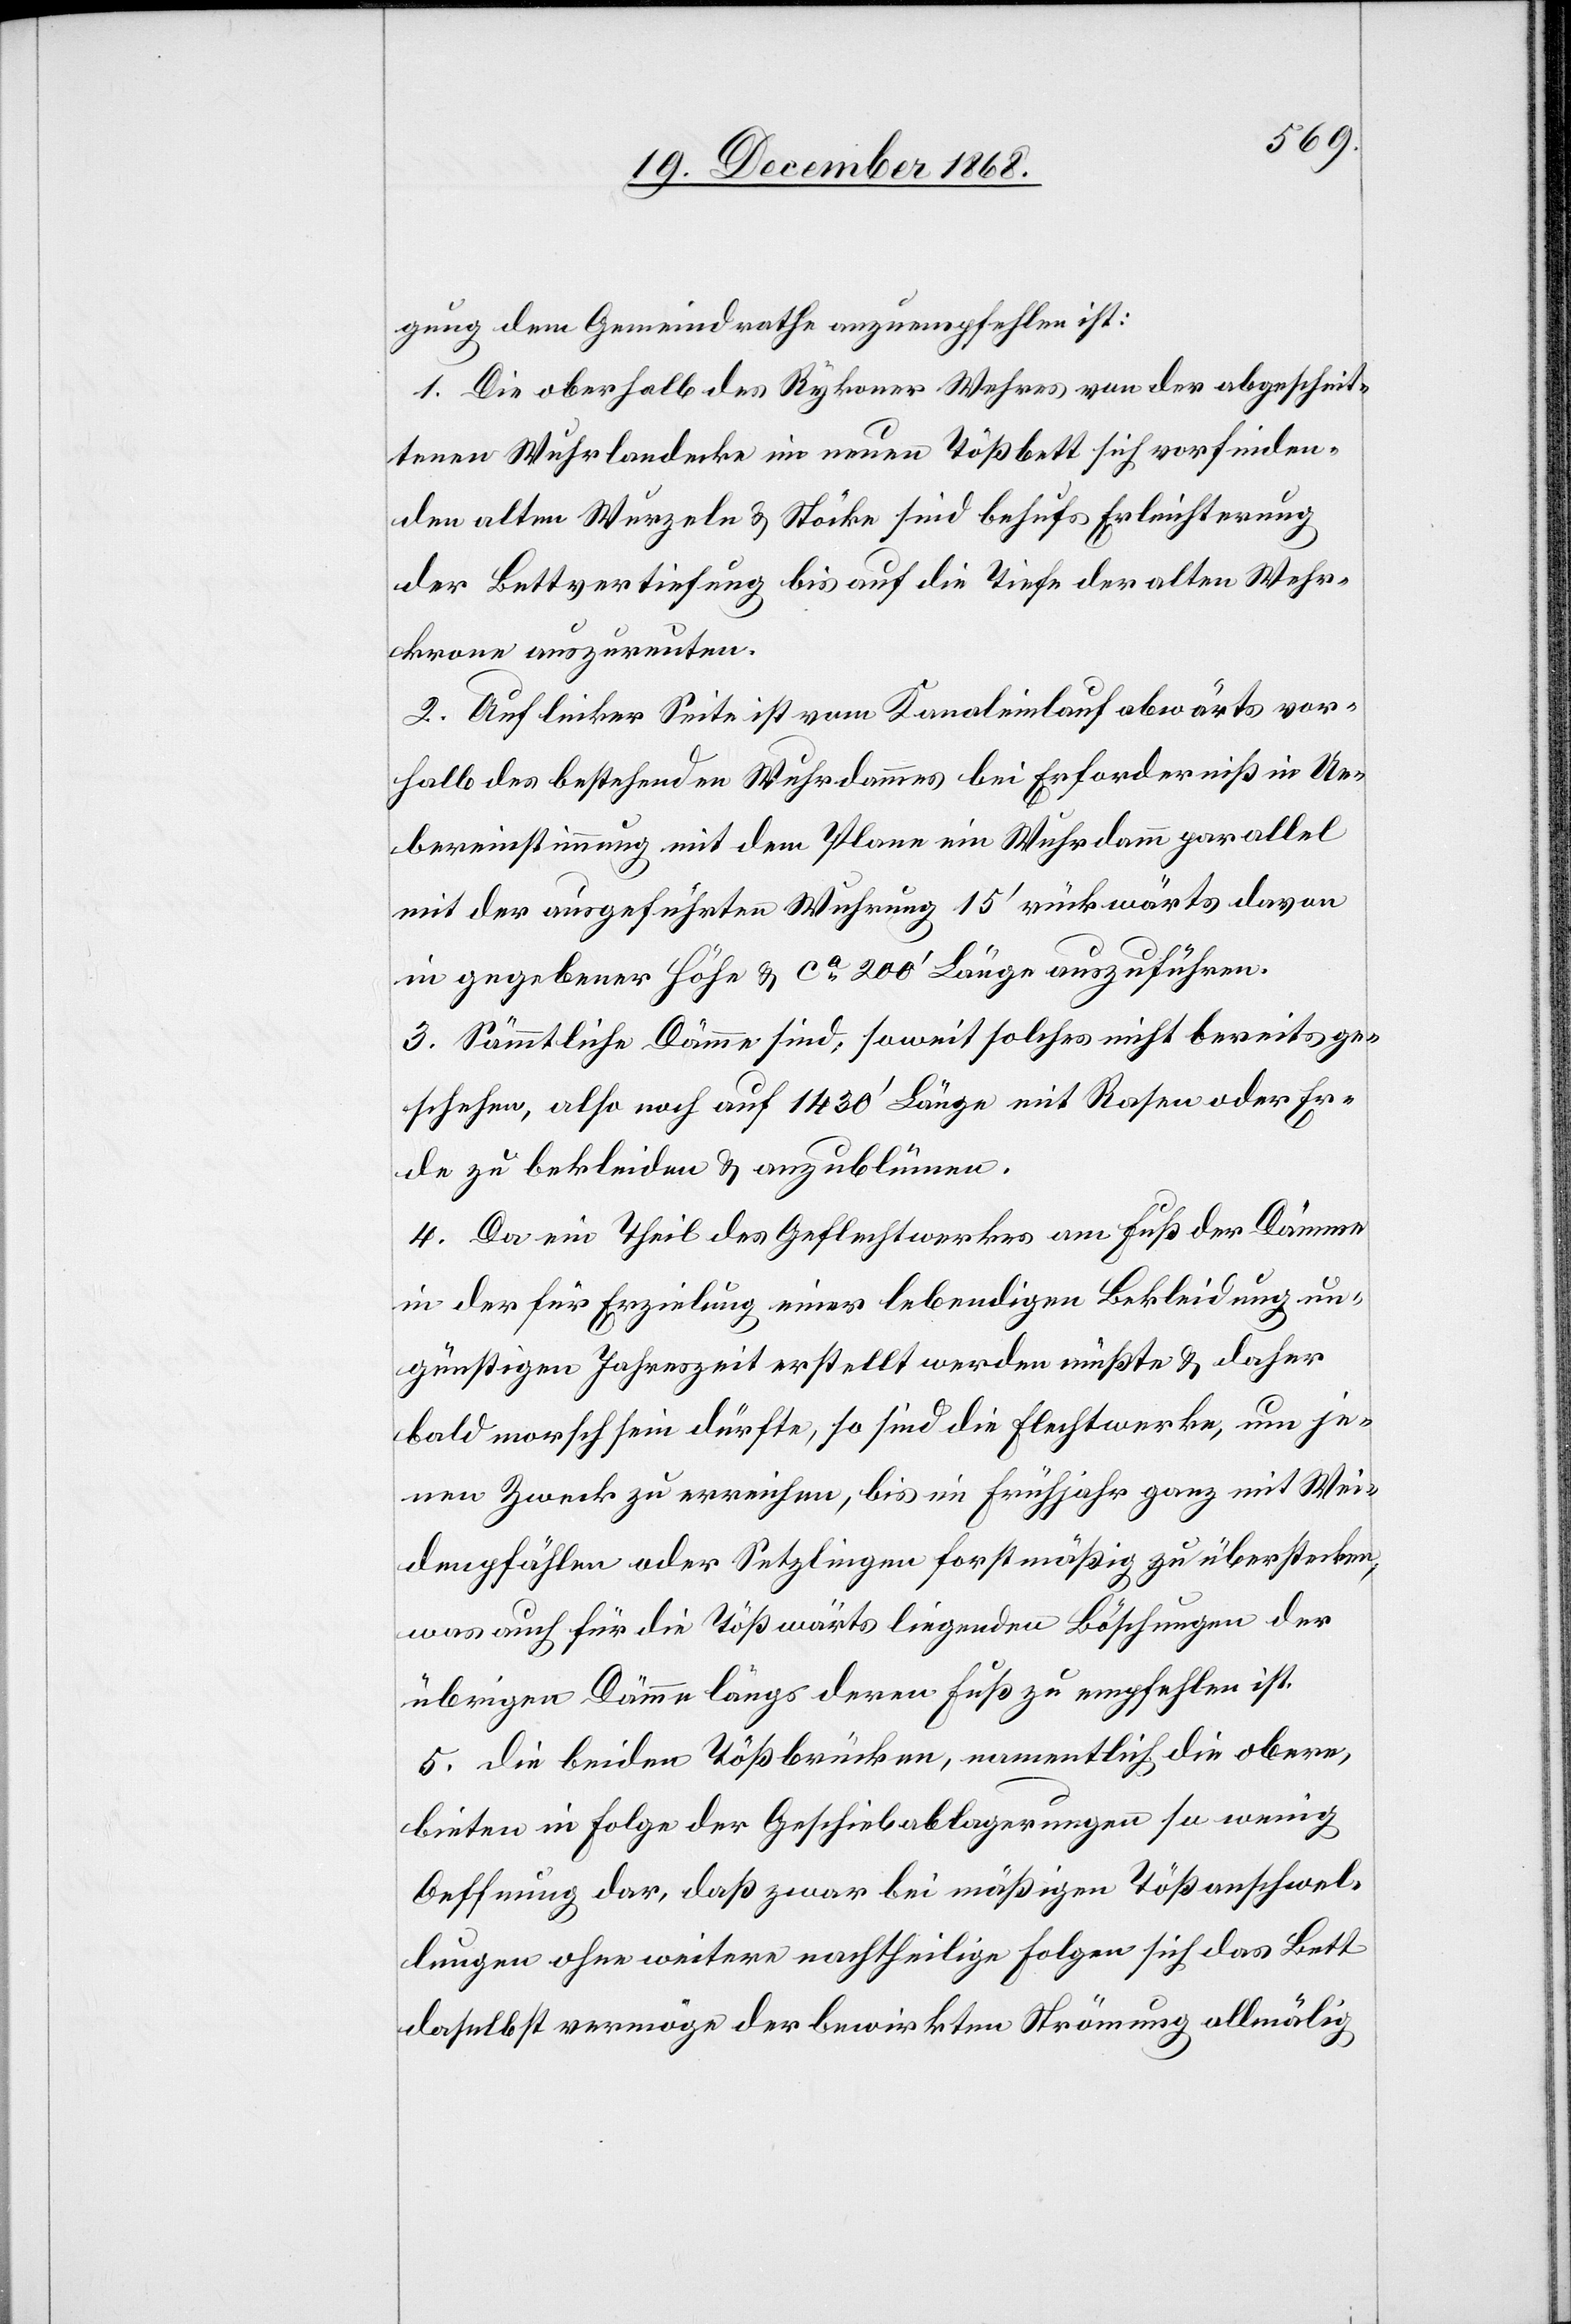
gung dem Gemeindrathe anzuempfehlen ist:
1. Die oberhalb des Rykoner Wehres von der abgeschnit¬
tenen Wuhrlandecke im neuen Tößbett sich vorfinden¬
den alten Wurzeln & Stöcke sind behufs Erleichterung
der Bettvertiefung bis auf die Tiefe der alten Wehr¬
krone auszureuten.
2. Auf linker Seite ist vom Kanaleinlauf abwärts vor¬
halb des bestehenden Wuhrdammes bei Erforderniß in Ue¬
bereinstimung mit dem Plane ein Wuhrdamm parallel
mit der ausgeführten Wuhrung 15‘ rückwärts davon
in gegebener Höhe & ca 200‘ Länge auszuführen.
3. Sämmtliche Dämme sind, soweit solches nicht bereits ge¬
schehen, also noch auf 1430‘ Länge mit Rasen oder Er¬
de zu bekleiden & anzublümen.
4. Da ein Theil des Geflechtwerkes am Fuß der Dämme
in der für Erzielung einer lebendigen Bekleidung un¬
günstigen Jahreszeit erstellt werden müßte & daher
bald morsch sein dürfte, so sind die Flechtwerke, um je¬
nen Zweck zu erreichen, bis im Frühjahr ganz mit Wei¬
denpfählen oder Setzlingen forstmäßig zu überstecken,
was auch für die Tößwärts liegenden Böschungen der
übrigen Dämme längs deren Fuß zu empfehlen ist.
5. Die beiden Tößbrücken, namentlich die obere,
bieten in Folge der Geschiebablagerungen so wenig
Oeffnung dar, daß zwar bei mäßigen Tößanschwel¬
lungen ohne weitere nachtheilige Folgen sich das Bett
daselbst vermöge der bewirkten Strömung allmälig